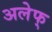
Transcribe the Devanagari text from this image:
अलेफ्